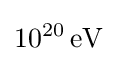
10^{20}\,{\text{eV}}